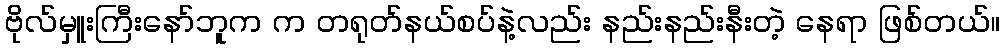
ဗိုလ်မှူးကြီးနော်ဘူက က တရုတ်နယ်စပ်နဲ့လည်း နည်းနည်းနီးတဲ့ နေရာ ဖြစ်တယ်။